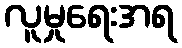
လူမှုရေးအရ